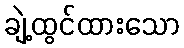
ချဲ့ထွင်ထားသော